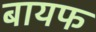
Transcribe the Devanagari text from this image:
बायफ